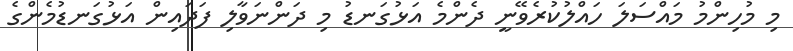
މި މުހިންމު މައްސަލަ ހައްލުކުރެވޭނީ ދެންމެ އަޅުގަނޑު މި ދަންނަވާލި ފަދައިން އަޅުގަނޑުމެންގެ